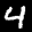
Label: 4